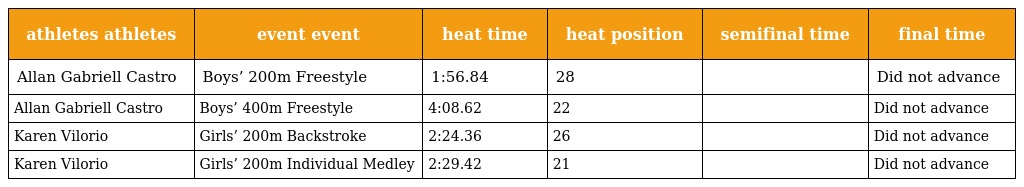
| athletes athletes | event event | heat time | heat position | semifinal time | final time |
 | --- | --- | --- | --- | --- | --- |
 | Allan Gabriell Castro | Boys’ 200m Freestyle | 1:56.84 | 28 |  | Did not advance |
 | Allan Gabriell Castro | Boys’ 400m Freestyle | 4:08.62 | 22 |  | Did not advance |
 | Karen Vilorio | Girls’ 200m Backstroke | 2:24.36 | 26 |  | Did not advance |
 | Karen Vilorio | Girls’ 200m Individual Medley | 2:29.42 | 21 |  | Did not advance |